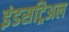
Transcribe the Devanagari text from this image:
इंडसट्रिअल